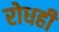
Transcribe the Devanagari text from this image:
रोधही